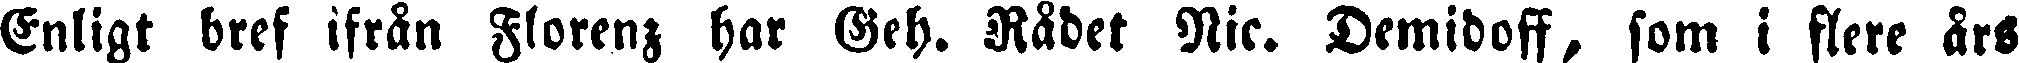
Enligt bref ifrån Florenz har Geh. Rådet Nie. Demidoff, som i flere års